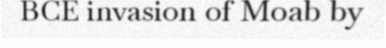
BCE invasion of Moab by